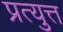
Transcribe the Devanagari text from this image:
प्रत्युत्त